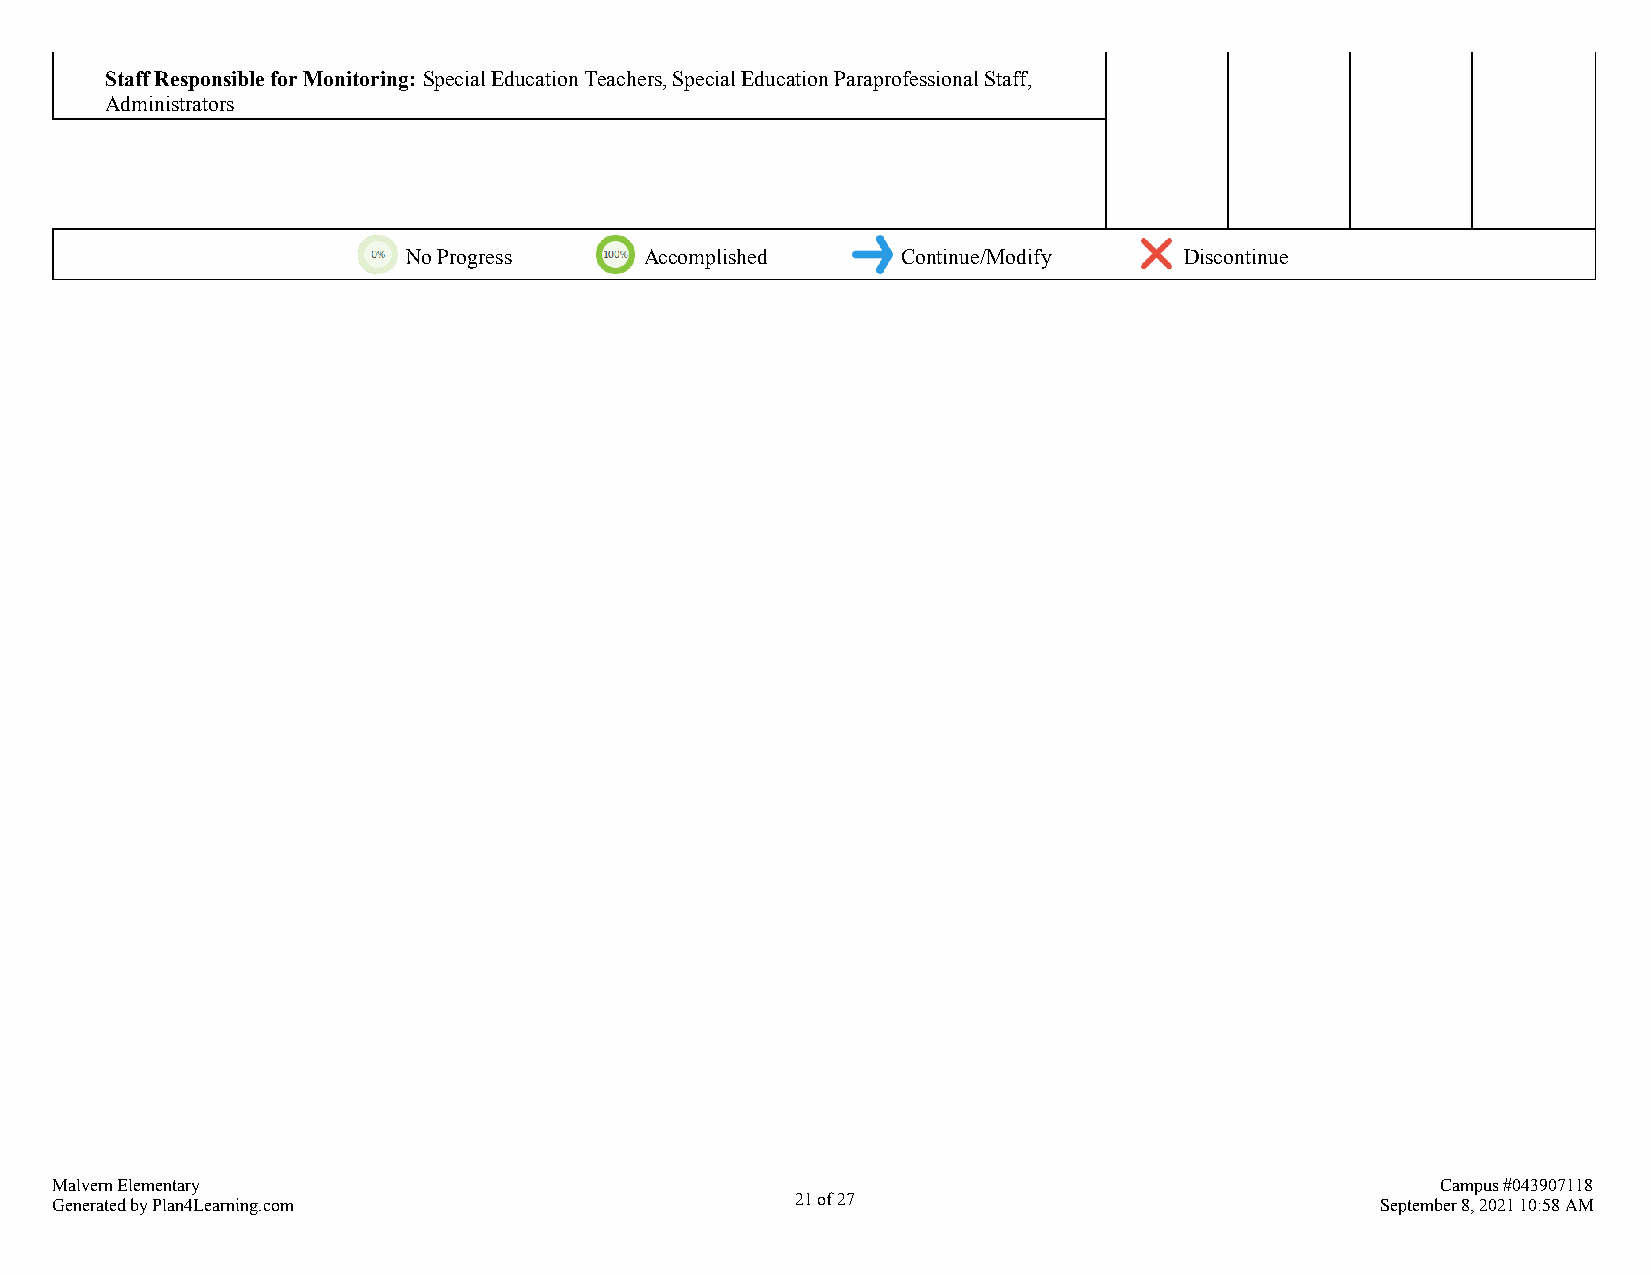
Staff Responsible for Monitoring: Special Education Teachers, Special Education Paraprofessional Staff,
 Administrators
 No Progress     Accomplished     Continue/Modify   Discontinue
 Malvern Elementary                                                                          Campus #043907118
 Generated by Plan4Learning.com                    21 of 27                              September 8, 2021 10:58 AM